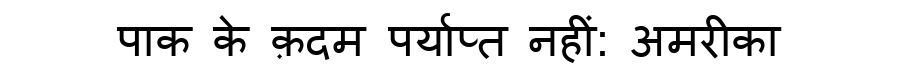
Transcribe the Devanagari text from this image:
पाक के क़दम पर्याप्त नहीं: अमरीका